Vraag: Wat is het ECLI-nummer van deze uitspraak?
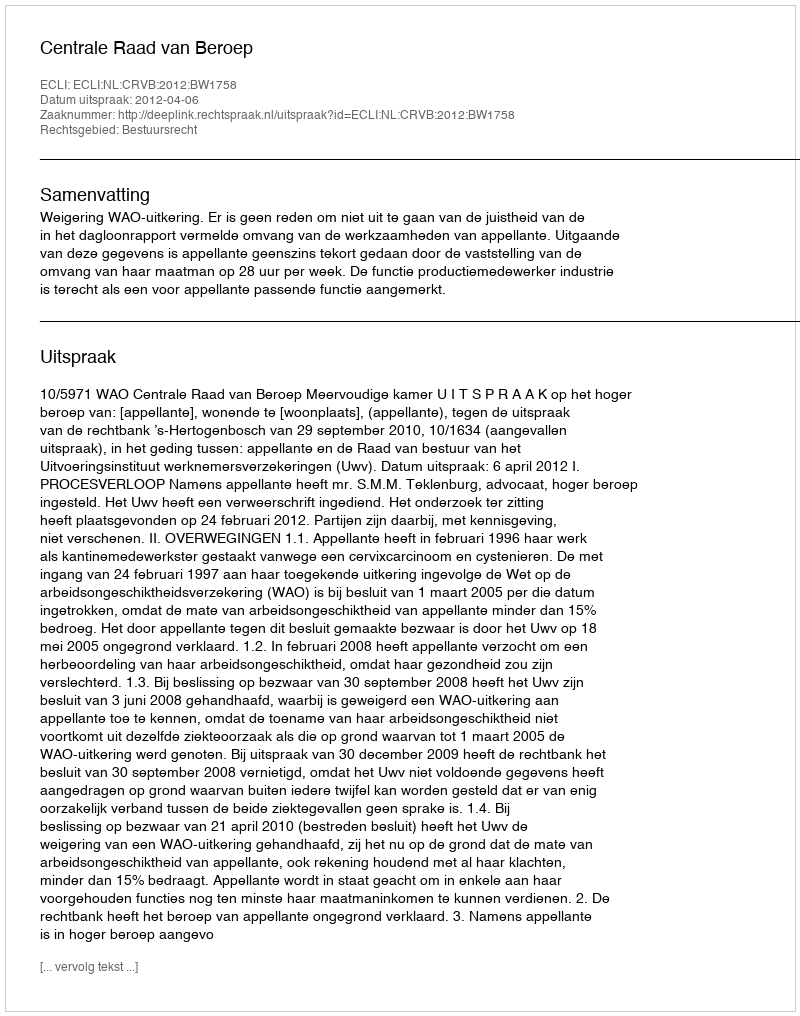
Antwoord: ECLI:NL:CRVB:2012:BW1758